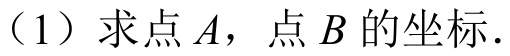
（1）求点\(A\)，点\(B\)的坐标.